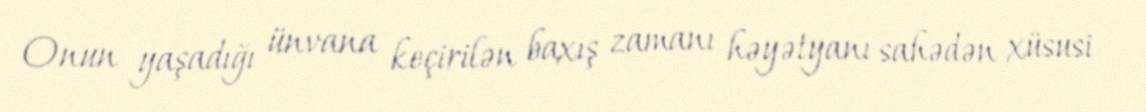
Onun yaşadığı ünvana keçirilən baxış zamanı həyətyanı sahədən xüsusi